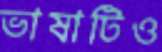
ভাষাটিও